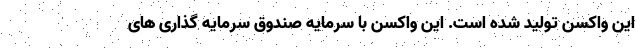
این واکسن تولید شده است. این واکسن با سرمایه صندوق سرمایه گذاری های